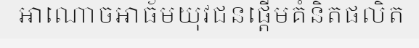
អាណោចអាធ័មយុវជនផ្តើមគំនិតផលិត